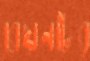
বেয়নটের